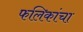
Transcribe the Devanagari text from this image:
फलिकांचा